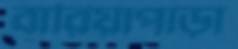
বারিয়াপাড়া